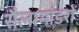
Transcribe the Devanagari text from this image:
सैलामांडरों